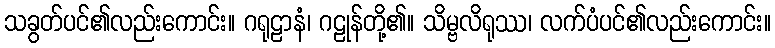
သခွတ်ပင်၏လည်းကောင်း။ ဂရုဠာနံ၊ ဂဠုန်တို့၏။ သိမ္ဗလိရုဿ၊ လက်ပံပင်၏လည်းကောင်း။